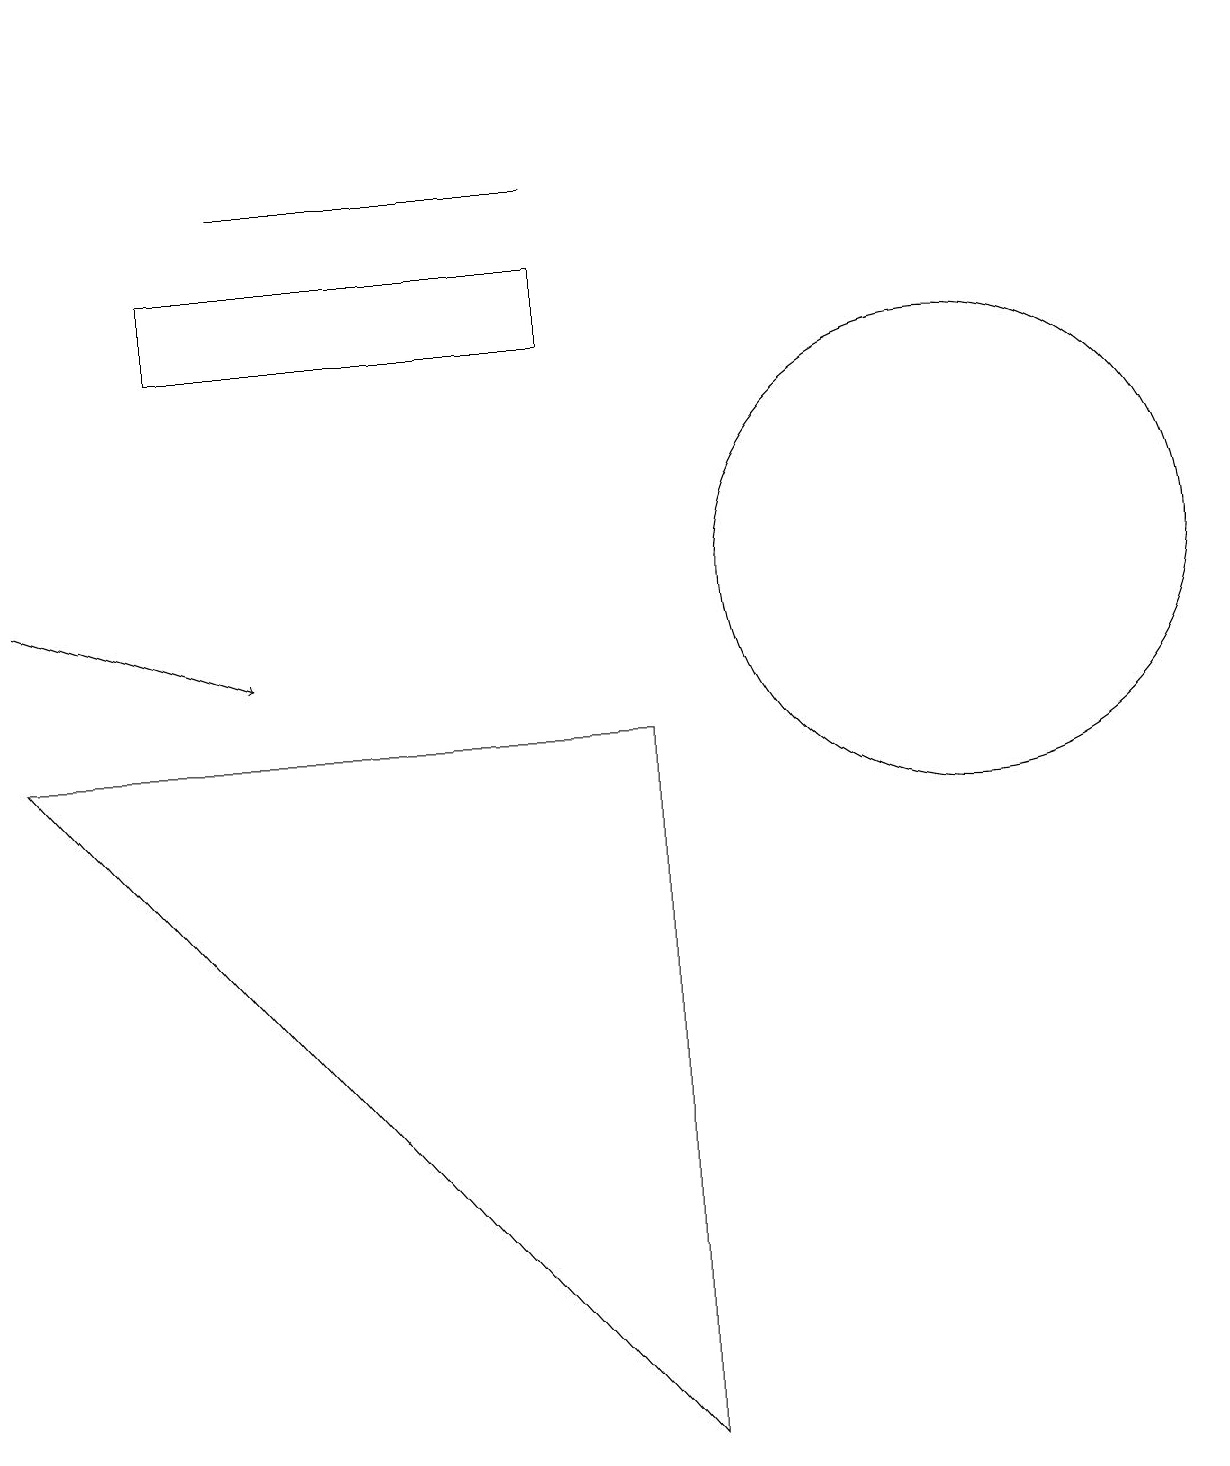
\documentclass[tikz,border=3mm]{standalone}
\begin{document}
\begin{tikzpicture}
\draw[->] (0,18) -- (0,17);
\draw (7,15) rectangle (2,14);
\draw (8,9) -- (8,0) -- (0,9) -- cycle;
\draw (7,16) rectangle (3,16);
\draw (12,11) circle (3);
\draw[->] (0,11) -- (3,10);
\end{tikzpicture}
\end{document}